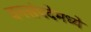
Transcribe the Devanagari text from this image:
वनसंपदेमध्ये